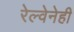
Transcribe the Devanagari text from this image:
रेल्वेनेही